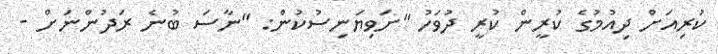
ކުރިއަށް ދިއުމުގެ ކުރީން ކުރީ ދުވަހު "ށަވިޔަނިސުކުން: "ނާސަ ބުނެ ރަދުންނަށް -